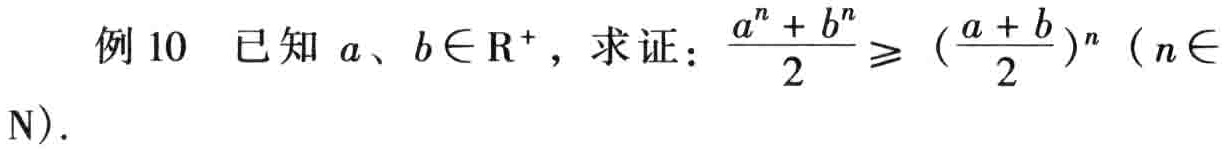
例 10 已知 \(a、b\in \mathrm{R}^{+}\)，求证：\(\frac{a^{n}+b^{n}}{2}\geqslant (\frac{a + b}{2})^{n}\)（\(n\in \mathrm{N}\)）.